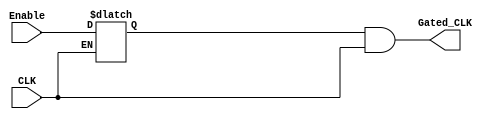
//---------latch based clock gating----------------//

module CLK_Gate (
    input wire Enable,
    input wire CLK,
    output reg Gated_CLK
);

reg enable_latch;
    always @(*) 
    begin
        if(!CLK)
        begin
            enable_latch = Enable;
        end
        else
        begin
            enable_latch = enable_latch;
        end
    end

    always @(*) 
    begin
        Gated_CLK = enable_latch && CLK;    
    end

endmodule